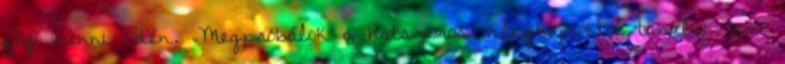
fog menni idén. „Megpróbálok a hatszoros világbajnoktól tanulni, aki